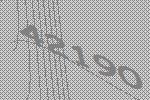
42190